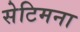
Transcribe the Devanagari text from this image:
सेटिमना